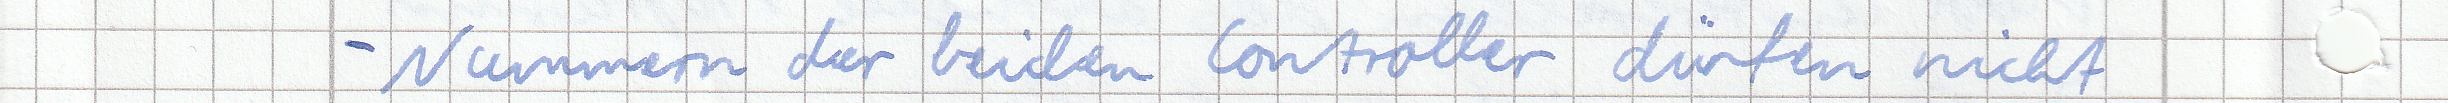
- Nummern der beiden Controller dürfen nicht